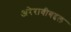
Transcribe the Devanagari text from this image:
अरेरावीबद्दल